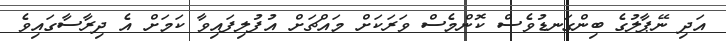
އަދި ނޭޕާލުގެ ބިންގަނޑުވެސް ކޮންމެސް ވަރަކަށް މަައްޗަށް އުފުލިފައިވާ ކަމަށް އެ ދިރާސާގައިވެ